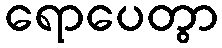
ရောပေတွာ